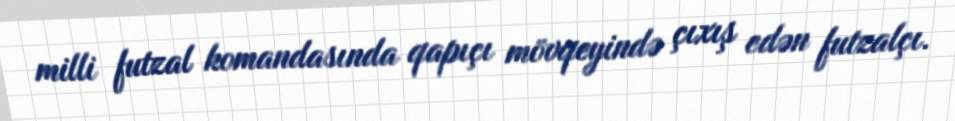
milli futzal komandasında qapıçı mövqeyində çıxış edən futzalçı.